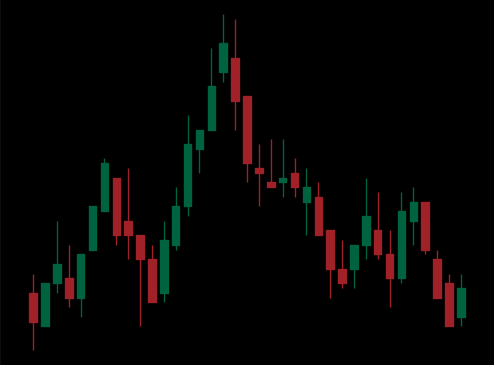
Pattern: head_shoulders